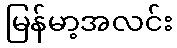
မြန်မာ့အလင်း